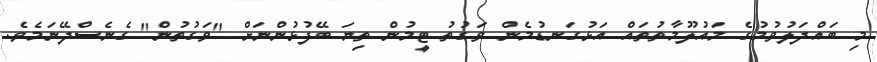
މި ބައްދަލުވުމުގެ މައުލޫމާތުތައް އަޅުގަނޑުމެން ވަގުތު ޓީމުން ތިޔަ ބޭފުޅުންނަށް "ވަގުތުން" ގެނެސްދޭނަމެވެ.